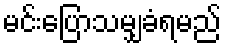
မင်းပြောသမျှခံရမည်